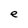
Character: e